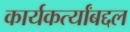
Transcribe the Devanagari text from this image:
कार्यकर्त्यांबद्दल